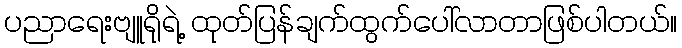
ပညာရေးဗျူရိုရဲ့ ထုတ်ပြန်ချက်ထွက်ပေါ်လာတာဖြစ်ပါတယ်။